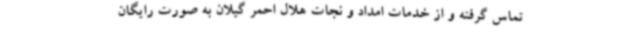
تماس گرفته و از خدمات امداد و نجات هلال احمر گیلان به صورت رایگان